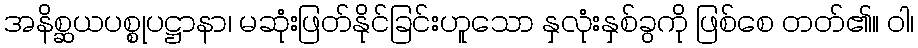
အနိစ္ဆယပစ္စုပဋ္ဌာနာ၊ မဆုံးဖြတ်နိုင်ခြင်းဟူသော နှလုံးနှစ်ခွကို ဖြစ်စေ တတ်၏။ ဝါ၊